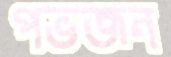
পভজন